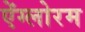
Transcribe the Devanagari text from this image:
ऐंग्लोरम